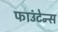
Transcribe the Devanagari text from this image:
फाउंटेन्स